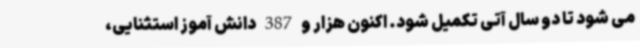
می شود تا دو سال آتی تکمیل شود. اکنون هزار و 387 دانش آموز استثنایی،